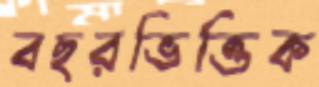
বছরভিত্তিক